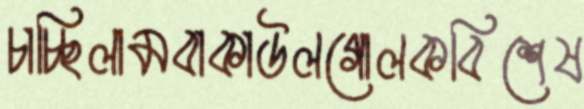
চাচ্ছিলামবাকাউলগোলকবিশেষ